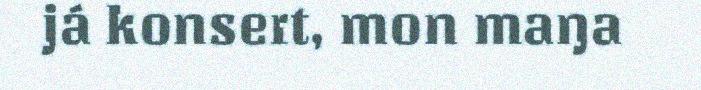
já konsert, mon maŋa